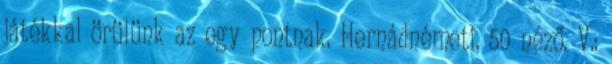
játékkal örülünk az egy pontnak. Hernádnémeti, 50 néző. V.: